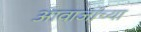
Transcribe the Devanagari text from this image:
आवाजांच्या